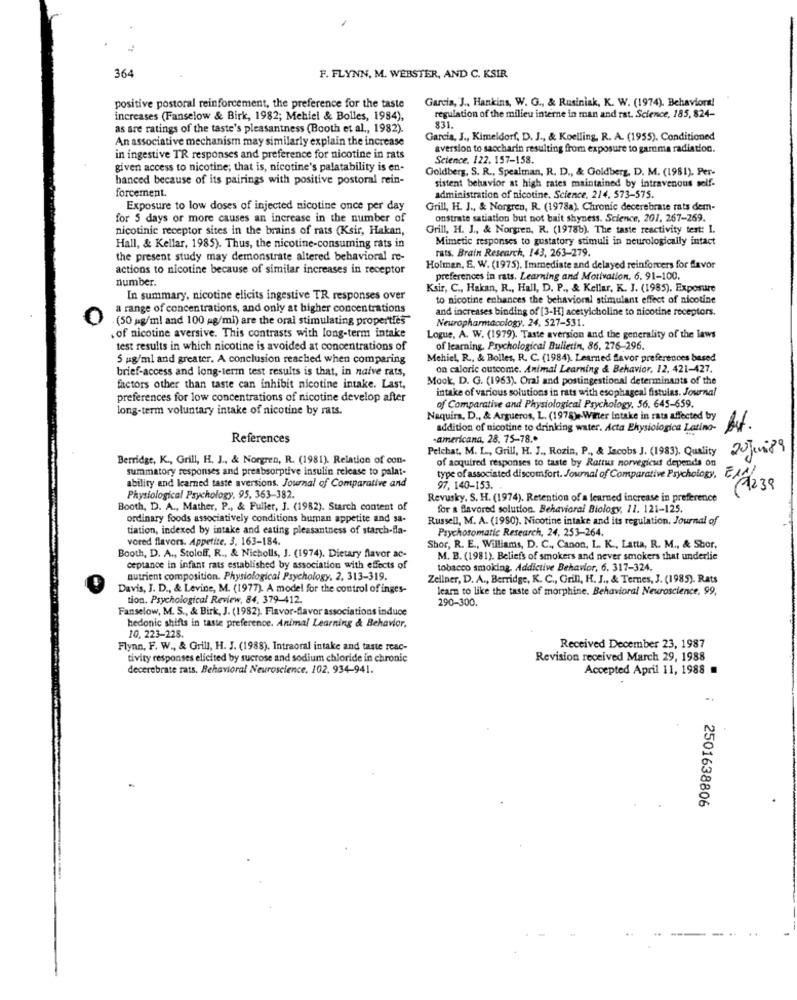
364
F. FLYNN, M. WEBSTER, AND C. KSIR
Garcia, J ., Hankins, W. G ., & Rusiniak, K. W. (1974). Behavioral
positive postoral reinforcement, the preference for the taste
increases (Fanselow & Birk, 1982; Mehiel & Bolles, 1984),
regulation of the milieu interne in man and rat. Science, 185, 824-
as are ratings of the taste's pleasantness (Booth et al ., 1982).
831.
An associative mechanism may similarly explain the increase
Garcia, J ., Kimeldorf, D. J ., & Koelling, R. A. (1955). Conditioned
aversion to saccharin resulting from exposure to gamma radiation.
in ingestive TR responses and preference for nicotine in rats
Science. 122. 157-158.
given access to nicotine; that is, nicotine's palatability is en-
Goldberg, S. R ., Spealman, R. D ., & Goldberg, D. M. (1981). Per-
hanced because of its pairings with positive postoral rein-
sistent behavior at high rates maintained by intravenous self-
forcement.
administration of nicotine, Science, 214, 573-575.
Exposure to low doses of injected nicotine once per day
Grill, H. J ., & Norgren, R. (1978a). Chronic decerebrate rats dem-
for 5 days or more causes an increase in the number of
onstrate satiation but not bait shyness. Science, 201, 267-269.
nicotinic receptor sites in the brains of rats (Ksir, Hakan,
Grill, H. J ., & Norgren, R. (1978b). The taste reactivity test: I.
Mimetic responses to gustatory stimuli in neurologically intact
Hall, & Kellar, 1985). Thus, the nicotine-consuming rats in
rats. Brain Research, 143, 263-279.
the present study may demonstrate altered behavioral re-
actions to nicotine because of similar increases in receptor
Holman, E. W. (1975). Immediate and delayed reinforvers for flavor
number.
preferences in rats. Learning and Motivation. 6. 91-100.
Ksir, C ., Hakan, R ., Hall, D. P ., & Kellar, K. J. (1985), Exposure
In summary, nicotine elicits ingestive TR responses over
to nicotine enhances the behavioral stimulant effect of nicotine
a range of concentrations, and only at higher concentrations
and increases binding of [3-H] acetylcholine to nicotine receptors.
0
. (50 mg/ml and 100 mg/ml) are the oral stimulating properties
Neuropharmacology, 24, 527-531.
. of nicotine aversive. This contrasts with long-term intake
Logue, A. W. (1979). Taste aversion and the generality of the laws
test results in which nicotine is avoided at concentrations of
of learning. Psychological Bulletin, 86, 276-296.
5 ug/ml and greater. A conclusion reached when comparing
Mehiel, R ., & Bolles, R. C. (1984). Learned flavor preferences based
brief-access and long-term test results is that, in naive rats,
on caloric outcome. Animal Learning & Behavior, 12. 421-427.
Mook, D. G. (1963). Oral and postingestional determinants of the
factors other than taste can inhibit nicotine intake. Last,
intake of various solutions in rats with esophageal fistulas. Journal
preferences for low concentrations of nicotine develop after
long-term voluntary intake of nicotine by rats.
of Comparative and Physiological Psychology. 56. 645-659.
Naquira, D ., & Argueros, L. (1978) -- Wirter intake in rats affected by
addition of nicotine to drinking water. Acta Ekysiologica Latino-
References
-americana, 28. 75-78 .*
Pelchat, M. L ., Grill, H. J ., Rozin, P ., & Jacobs J. (1983). Quality
20 Juni 89
Berridge, K ., Grill, H. J ., & Norgren, R. (1981). Relation of con-
of acquired responses to taste by Rattus norvegicus depends on
summatory responses and preabsorptive insulin release to palat-
type of associated discomfort. Journal of Comparative Psychology,
ability and learned taste aversions. Journal of Comparative and
97, 140-153.
E1/1239
Physiological Psychology, 95, 363-382.
Revusky. S. H. (1974). Retention of a learned increase in preference
Booth, D. A ., Mather, P ., & Fuller, J. (1982). Starch content of
for a flavored solution. Behavioral Biology, 11. 121-125.
ordinary foods associatively conditions human appetite and sa-
Russell, M. A. (1980). Nicotine intake and its regulation. Journal of
tiation, indexed by intake and eating pleasantness of starch-dla-
Psychosomatic Research, 24, 253-264.
vored flavors. Appetite. 3. 163-184.
Shor, R. E ., Williams, D. C ., Canon, L. K ., Latta, R. M ., & Stor,
Booth, D. A ., Stoloff, R ., & Nicholls, J. (1974). Dietary flavor ac-
M. B. (1981). Beliefs of smokers and never smokers that underlie
ceptance in infant rats established by association with effects of
tobacco smoking. Addictive Behavior, 6. 317-324.
nutrient composition. Physiological Psychology, 2, 313-319.
Zellner, D. A ., Berridge, K. C ., Grill, H. J ., & Ternes, J. (1985). Rats
Davis, J. D ., & Levine, M. (1977). A model for the control of inges-
learn to like the taste of morphine. Behavioral Neuroscience, 99,
tion. Psychological Review, 84, 379-412.
290-300.
Fanselow, M. S ., & Birk, J. (1982). Flavor-flavor associations induce
hedonic shifts in taste preference. Animal Learning & Behavior.
10, 223-228.
Flynn, F. W ., & Grill, H. J. (1988). Intraoral intake and taste reac-
Received December 23, 1987
tivity responses elicited by sucrose and sodium chloride in chronic
Revision received March 29, 1988
decerebrate rats. Behavioral Neuroscience, 102. 934-941.
Accepted April 11, 1988
2501638806